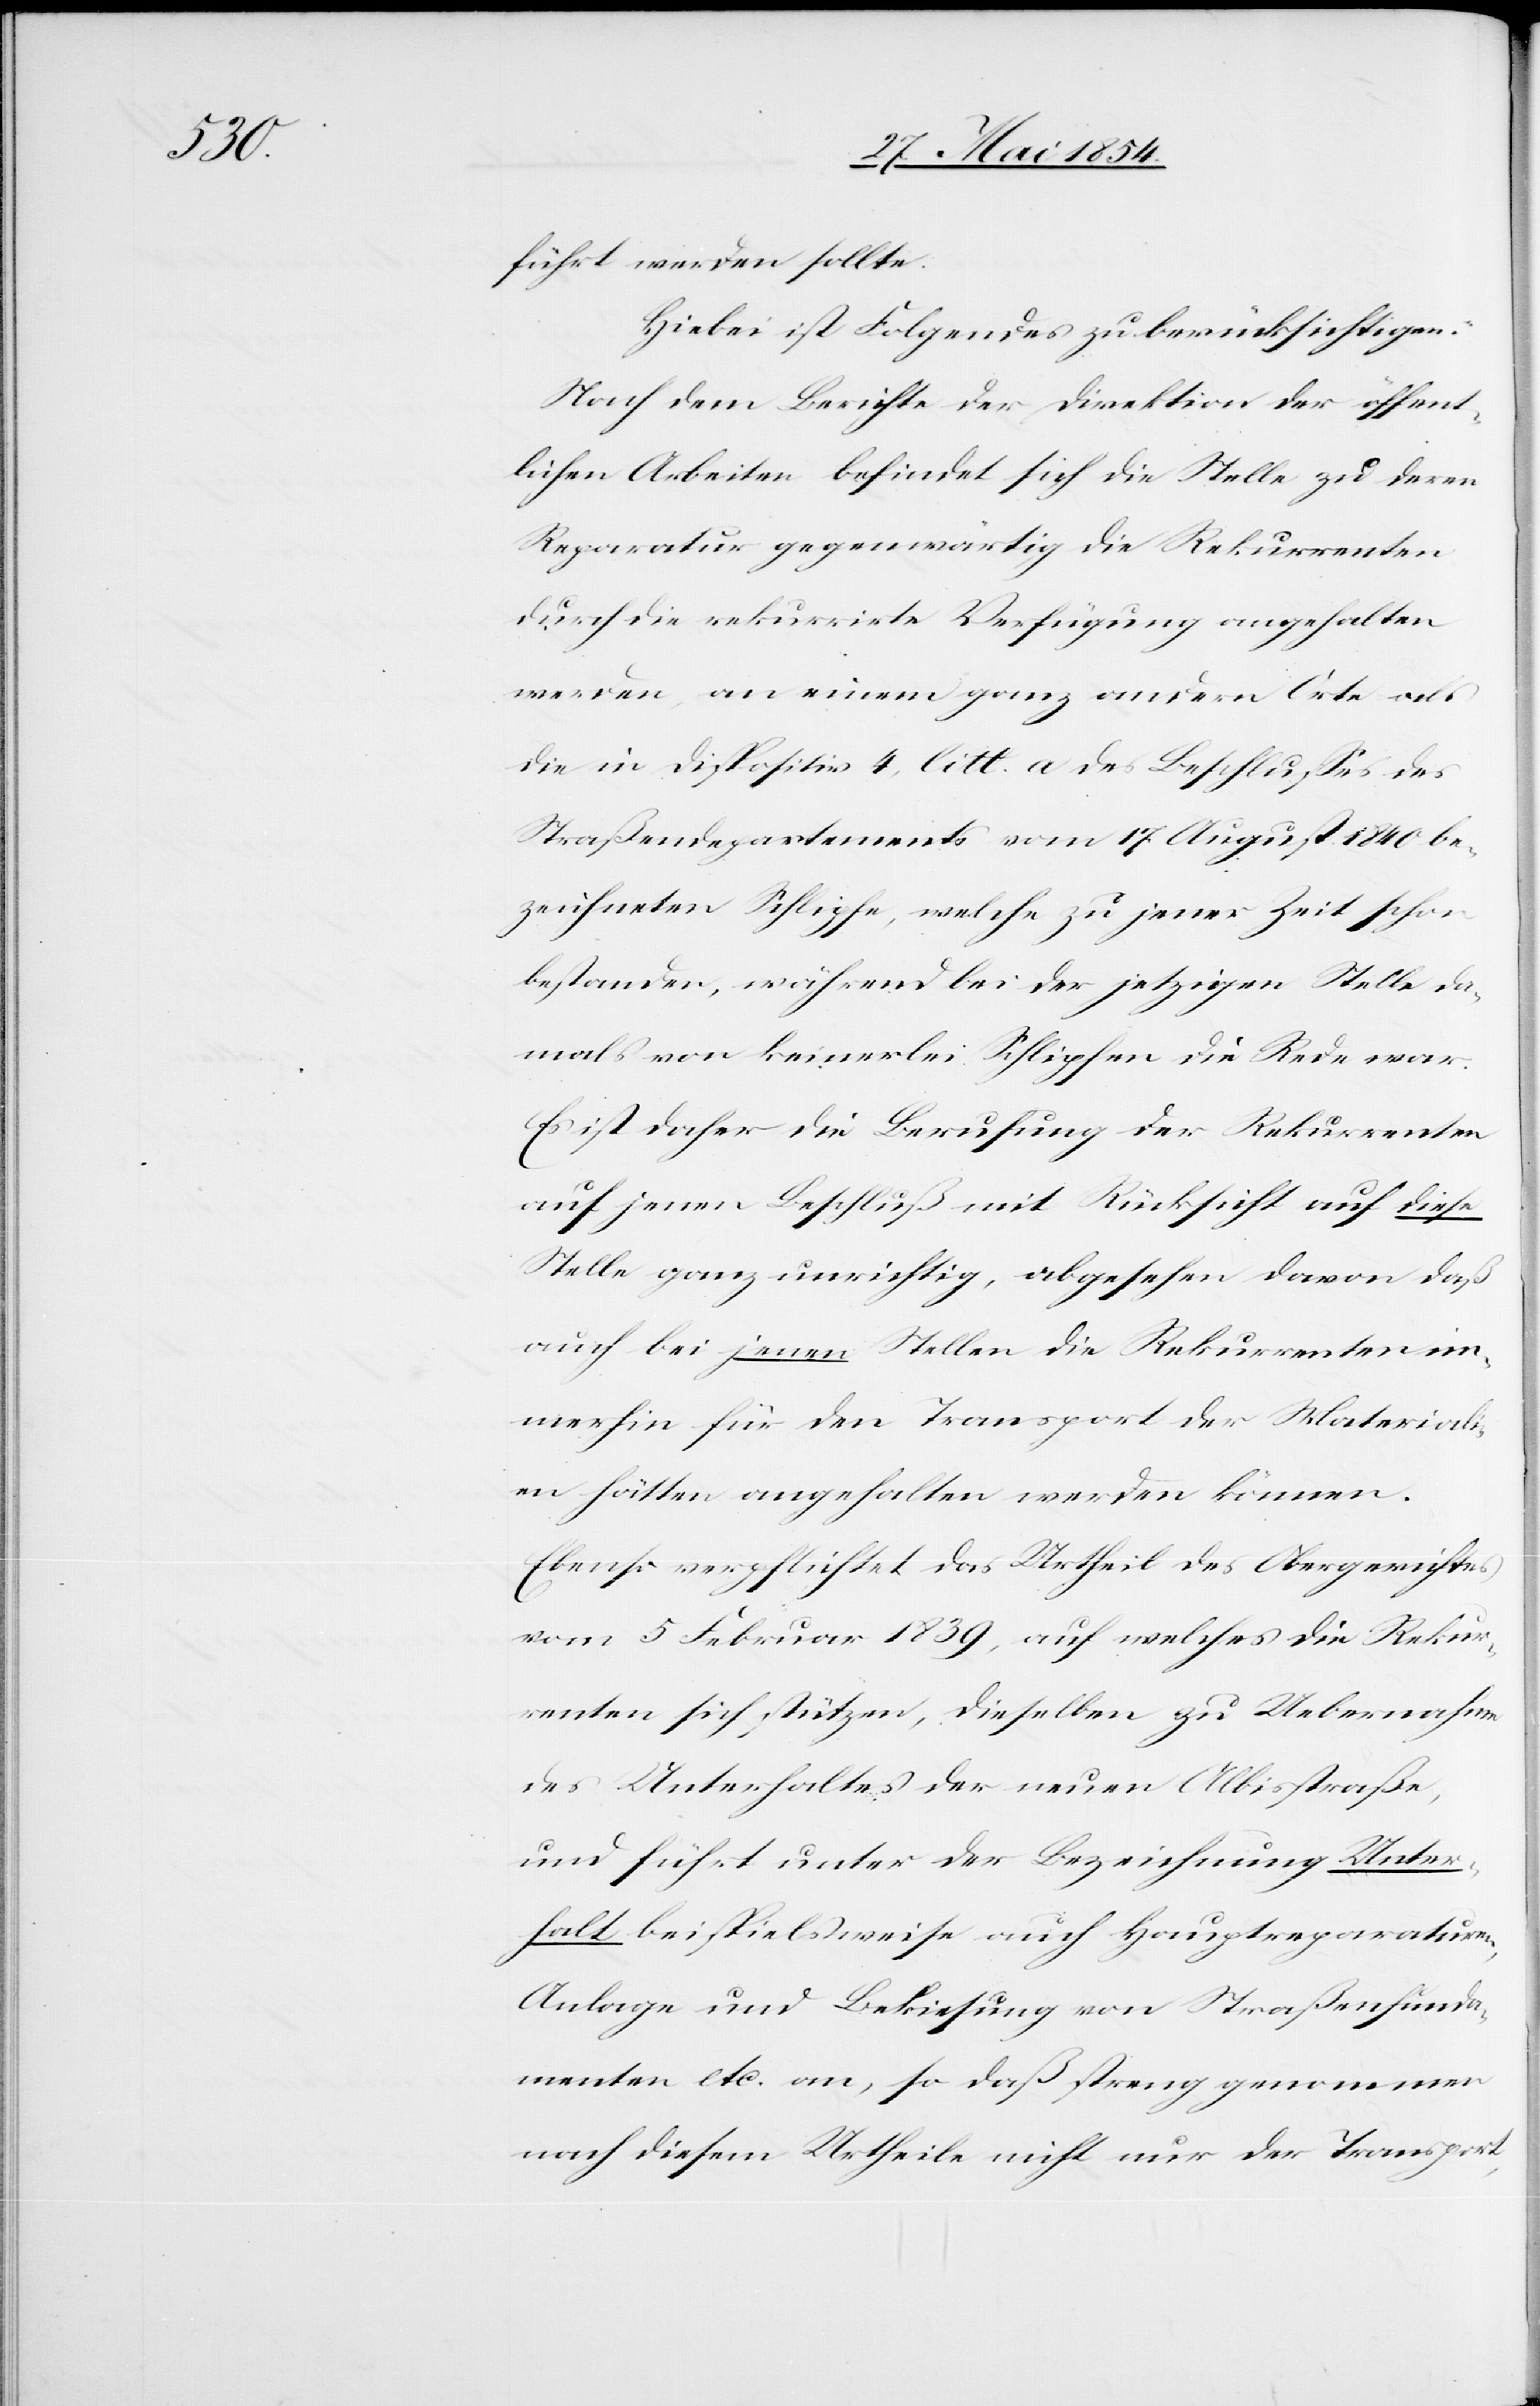
führt werden sollte.
Hiebei ist Folgendes zu berücksichtigen:
Nach dem Berichte der Direktion der öffent¬
lichen Arbeiten befindet sich die Stelle zu deren
Reparatur gegenwärtig die Rekurrenten
durch die rekurrirte Verfügung angehalten
werden, an einem ganz andern Orte als
die in Dispositiv 4, litt. a des Beschlußes des
Straßendepartements vom 17. August 1840 be¬
zeichneten Schlipfe, welche zu jener Zeit schon
bestanden, während bei der jetzigen Stelle da¬
mals von keinerlei Schlipfen die Rede war.
Es ist daher die Berufung der Rekurrenten
auf jenen Beschluß mit Rücksicht auf diese
Stelle ganz unrichtig, abgesehen davon daß
auch bei jenen Stellen die Rekurrenten im¬
merhin für den Transport der Materiali¬
en hätten angehalten werden können.
Ebenso verpflichtet das Urtheil des Obergerichtes
vom 5 Februar 1839, auf welches die Rekur¬
renten sich stützen, dieselben zu Uebernahme
des Unterhaltes der neuen Albisstraße,
und führt unter der Bezeichnung Unter¬
halt beispielsweise auch Hauptreparaturen,
Anlage und Bekiesung von Straßenfunda¬
menten etc. an, so daß streng genommen
nach diesem Urtheile nicht nur der Transport,